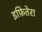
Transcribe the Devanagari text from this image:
इफ़ितेरा